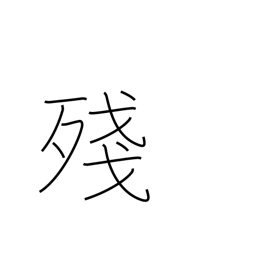
Meaning: leftover